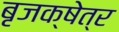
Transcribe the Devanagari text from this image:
बृजक्षेत्र